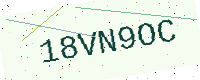
Text: 18VN9OC